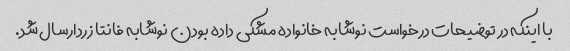
با اینکه در توضیحات درخواست نوشابه خانواده مشکی داده بودن نوشابه فانتا زردارسال شد.